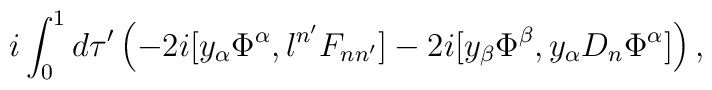
i \int_0^1 d \tau' \left(-2i [ y_\alpha \Phi^\alpha, l^{n'} F_{nn'}]-2i [y_\beta \Phi^\beta, y_\alpha D_n \Phi^\alpha]\right),